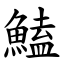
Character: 鰪